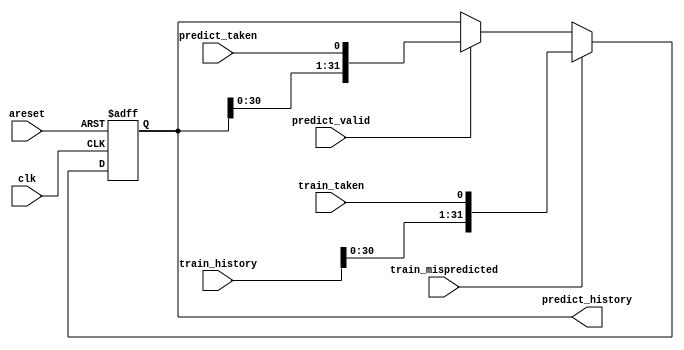
// SPDX-License-Identifier: MIT

module top_module(
    input clk,
    input areset,

    input predict_valid,
    input predict_taken,
    output [31:0] predict_history,

    input train_mispredicted,
    input train_taken,
    input [31:0] train_history
);
    
    reg [31:0] H;
    
    always @(posedge clk or posedge areset) begin
        if (areset) H <= 32'b0;
        else if (train_mispredicted) begin
            H <= {train_history[30:0], train_taken};
        end else if (predict_valid) begin
            H <= {H[30:0], predict_taken};
        end
    end
    
    assign predict_history = H;

endmodule